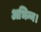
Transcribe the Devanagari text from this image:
अभिन्न।